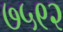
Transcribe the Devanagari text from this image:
७५९२